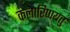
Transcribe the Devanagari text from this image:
कलारिप्पयत्तु